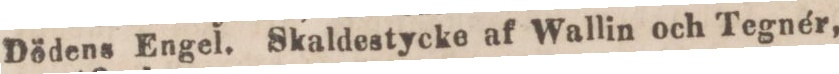
Dödens Engel. Skaldestycke af Wallin och Tegnér,